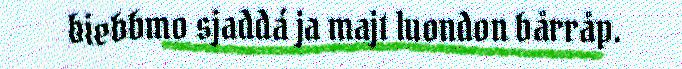
biebbmo sjaddá ja majt luondon bårråp.